Lunatic asylums Central Provinces reports 1895-1909 - 1895-1909
Year: 1895
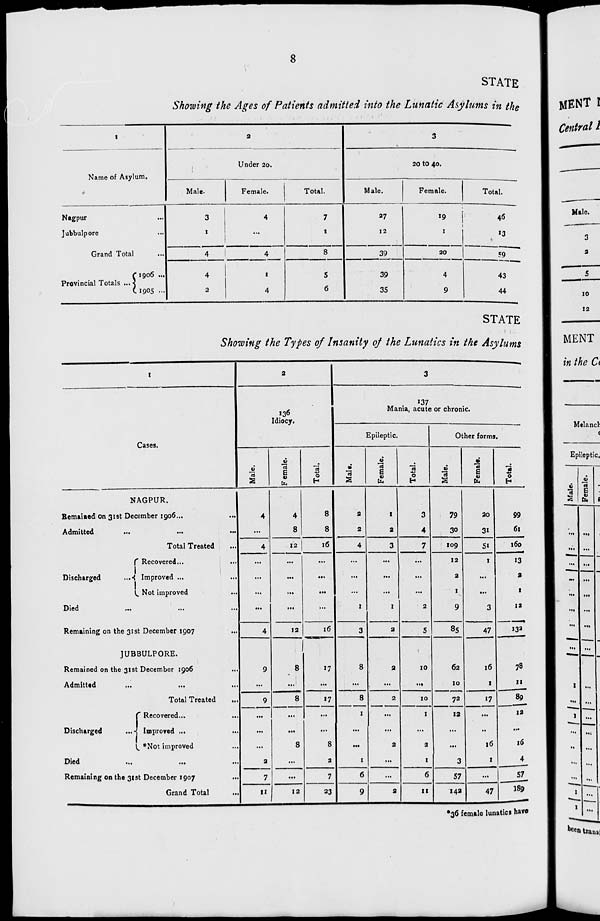
8
STATE
Showing the Ages of Patients admitted into the Lunatic Asylums in the
1
Name of Asylum.
Nagpur ...
Jubbulpore ...
Grand Total ...
Provincial Totals ...
1906 ...
1905 ...
2
Under 20.
Male.
3
1
4
4
2
Female.
4
...
4
1
4
Total.
7
1
8
5
6
3
20 to 40.
Male.
27
12
39
39
35
Female.
19
1
20
4
9
Total.
46
13
59
43
44
STATE
Showing the Types of Insanity of the Lunatics in the Asylums
1
Cases.
NAGPUR.
Remained on 31st December 1906 ... ...
Admitted
...
...
...
Total Treated ...
Discharged
...
Recovered ...
Improved ...
Not improved ...
Died ... ... ...
Remaining on the 31st December 1907 ...
JUBBULPORE.
Remained on the 31st December 1906 ...
Admitted ... ... ...
Total Treated ...
Discharged
Recovered ... ...
Improved ... ...
*Not improved ...
Died ... ... ...
Remaining on the 31st December 1907 ...
Grand Total ...
2
136
Idiocy.
Male.
4
...
4
...
...
...
...
4
9
...
9
...
...
...
2
7
11
Female.
4
8
12
...
...
...
...
12
8
...
8
...
...
8
...
...
12
Total.
8
8
16
...
...
...
...
16
17
...
17
...
...
8
2
7
23
3
137
Mania, acute or chronic.
Epileptic.
Male.
2
2
4
...
...
...
1
3
8
...
8
1
...
...
1
6
9
Female.
1
2
3
...
...
...
1
2
2
...
2
...
...
2
...
...
2
Total.
3
4
7
...
...
...
2
5
10
...
10
1
...
2
1
6
11
Other forms.
Male.
79
30
109
12
2
1
9
85
62
10
72
12
...
...
3
57
142
Female.
20
31
51
1
...
...
3
47
16
1
17
...
...
16
1
...
47
Total.
99
61
160
13
2
1
12
132
78
11
89
12
...
16
4
57
189
*36 female lunatics have